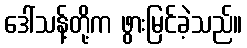
ဒေါ်သန့်တို့က ဖွားမြင်ခဲ့သည်။